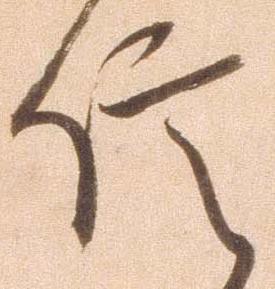
信